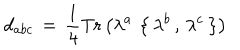
d _ { a b c } \, = \, \frac { 1 } { 4 } \mathrm { T r } \left( \lambda ^ { a } \, \left\{ \, \lambda ^ { b } \, , \, \lambda ^ { c } \, \right\} \right)